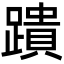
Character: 蹪